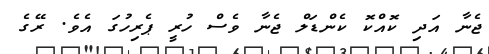
ޖެނާ އަދި ކޮއްކޮ ކެންޑަލް ޖެނާ ވެސް ހުރީ ޕެރިހުގަ އެވެ. ރޭގެ